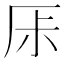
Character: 𠩏